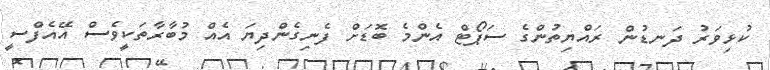
ކުޅިވަރު ދަނޑުން ރައްޔިތުންގެ ސަޕޯޓް އެންމެ ބޮޑަށް ފެނިގެންދިޔަ އެއް މުބާރާތަކީވެސް އޭއެފްސީ